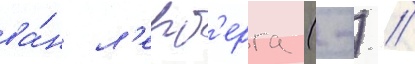
ва́н л'ерб'ерга (-) //